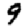
Digit: 9